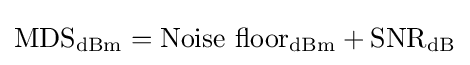
{\text{MDS}}_{\text{dBm}}={\text{Noise floor}}_{\textrm {dBm}}+{\text{SNR}}_{\textrm {dB}}